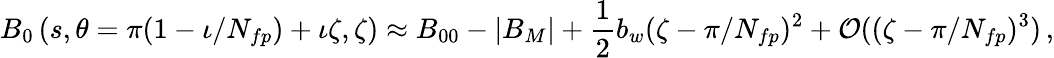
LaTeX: B_{0}\left(s,\theta=\pi(1-\iota/N_{fp})+\iota\zeta,\zeta\right)\approx B_{00}-|B_{M}|+\frac{1}{2}b_{w}(\zeta-\pi/N_{fp})^{2}+\mathcal{O}((\zeta-\pi/N_{fp})^{3})\, ,